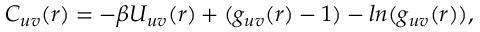
\begin{array} { r } { C _ { u v } ( r ) = - \beta U _ { u v } ( r ) + ( g _ { u v } ( r ) - 1 ) - l n ( g _ { u v } ( r ) ) , } \end{array}